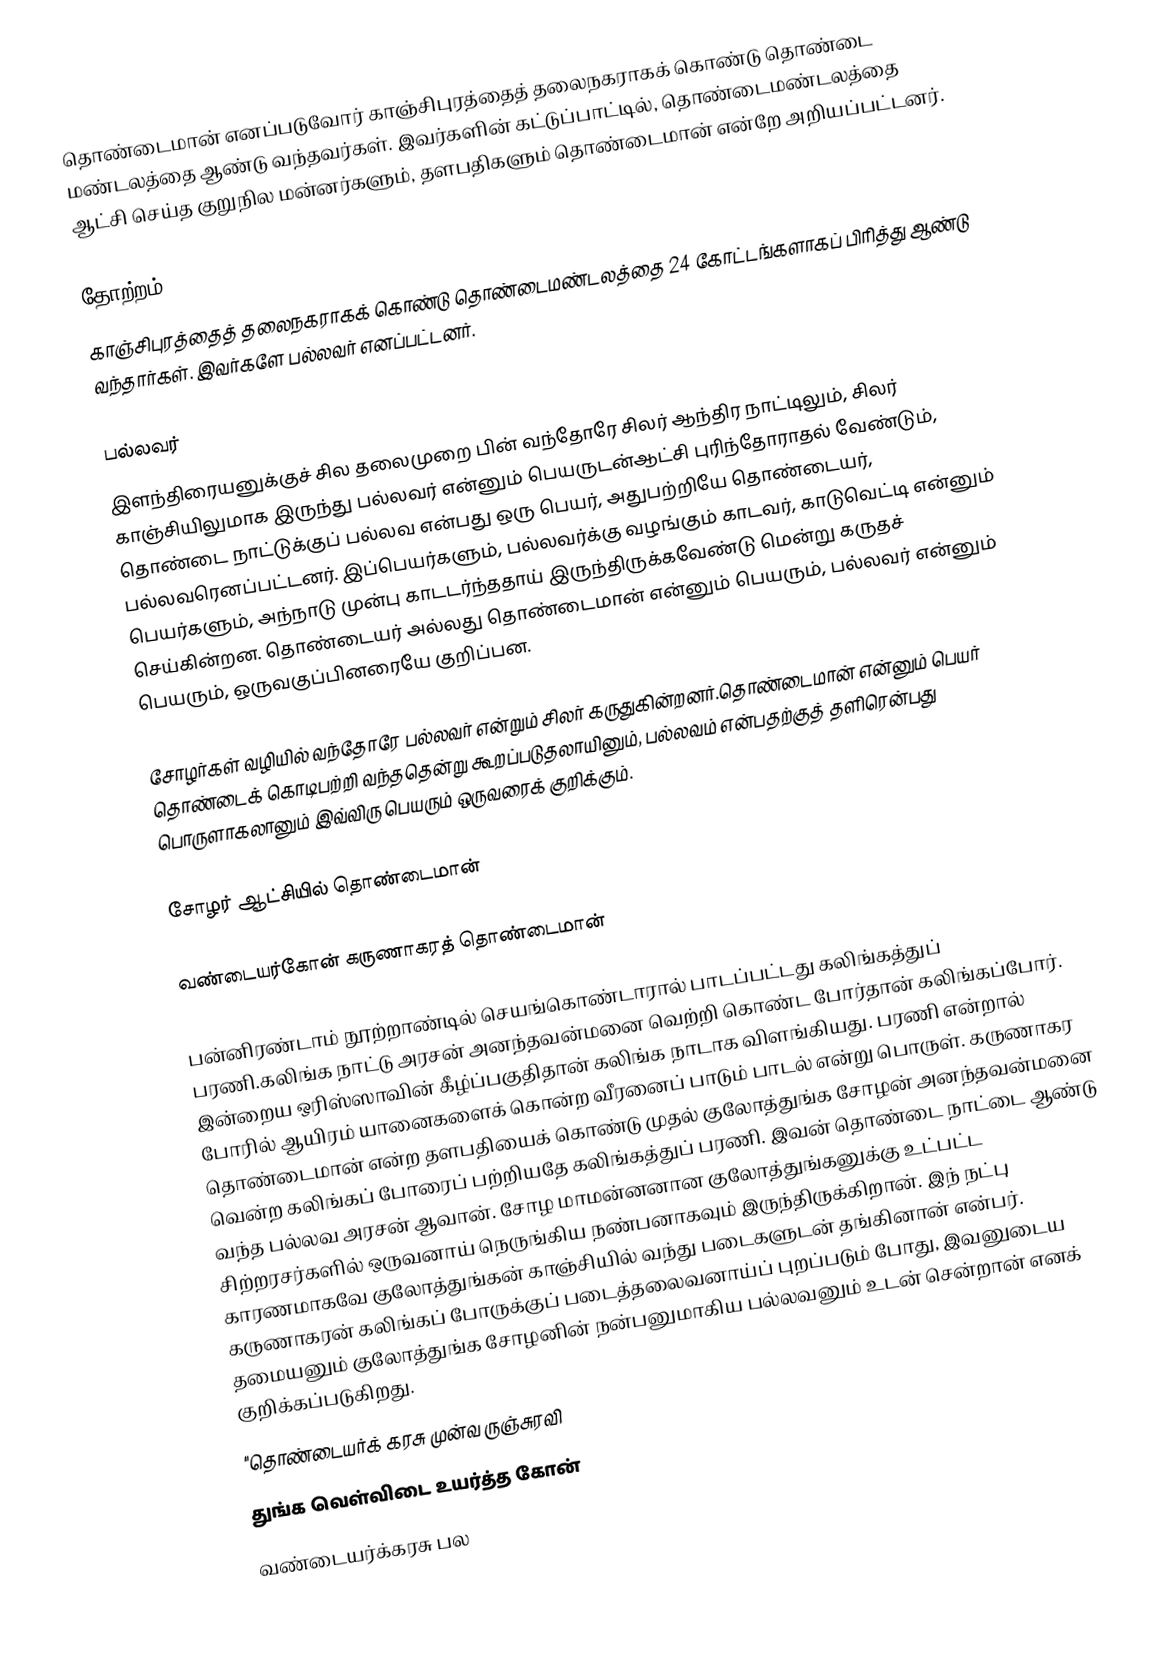
தொண்டைமான் எனப்படுவோர் காஞ்சிபுரத்தைத் தலைநகராகக் கொண்டு தொண்டை மண்டலத்தை ஆண்டு வந்தவர்கள். இவர்களின் கட்டுப்பாட்டில், தொண்டைமண்டலத்தை ஆட்சி செய்த குறுநில  மன்னர்களும், தளபதிகளும் தொண்டைமான் என்றே அறியப்பட்டனர்.

தோற்றம்
காஞ்சிபுரத்தைத் தலைநகராகக் கொண்டு தொண்டைமண்டலத்தை  24 கோட்டங்களாகப் பிரித்து ஆண்டு வந்தார்கள். இவர்களே பல்லவர் எனப்பட்டனர்.

பல்லவர்
இளந்திரையனுக்குச் சில தலைமுறை பின் வந்தோரே சிலர் ஆந்திர நாட்டிலும், சிலர் காஞ்சியிலுமாக இருந்து பல்லவர் என்னும் பெயருடன்ஆட்சி புரிந்தோராதல் வேண்டும், தொண்டை நாட்டுக்குப் பல்லவ என்பது ஒரு பெயர், அதுபற்றியே தொண்டையர், பல்லவரெனப்பட்டனர். இப்பெயர்களும், பல்லவர்க்கு வழங்கும் காடவர், காடுவெட்டி என்னும் பெயர்களும், அந்நாடு முன்பு காடடர்ந்ததாய் இருந்திருக்கவேண்டு மென்று கருதச் செய்கின்றன. தொண்டையர் அல்லது தொண்டைமான் என்னும் பெயரும், பல்லவர் என்னும் பெயரும், ஒருவகுப்பினரையே குறிப்பன.

சோழர்கள் வழியில் வந்தோரே பல்லவர் என்றும் சிலர் கருதுகின்றனர்.தொண்டைமான் என்னும் பெயர் தொண்டைக் கொடிபற்றி வந்ததென்று கூறப்படுதலாயினும், பல்லவம் என்பதற்குத் தளிரென்பது பொருளாகலானும் இவ்விரு பெயரும் ஒருவரைக் குறிக்கும்.

சோழர் ஆட்சியில் தொண்டைமான்

வண்டையர்கோன் கருணாகரத் தொண்டைமான்

பன்னிரண்டாம் நூற்றாண்டில் செயங்கொண்டாரால் பாடப்பட்டது கலிங்கத்துப் பரணி.கலிங்க நாட்டு அரசன் அனந்தவன்மனை வெற்றி கொண்ட போர்தான் கலிங்கப்போர். இன்றைய ஒரிஸ்ஸாவின் கீழ்ப்பகுதிதான் கலிங்க நாடாக விளங்கியது. பரணி என்றால் போரில் ஆயிரம் யானைகளைக் கொன்ற வீரனைப் பாடும் பாடல் என்று பொருள். கருணாகர தொண்டைமான் என்ற தளபதியைக் கொண்டு முதல் குலோத்துங்க சோழன் அனந்தவன்மனை வென்ற கலிங்கப் போரைப் பற்றியதே கலிங்கத்துப் பரணி. இவன் தொண்டை நாட்டை ஆண்டு வந்த பல்லவ அரசன் ஆவான். சோழ மாமன்னனான குலோத்துங்கனுக்கு உட்பட்ட சிற்றரசர்களில் ஒருவனாய் நெருங்கிய நண்பனாகவும் இருந்திருக்கிறான். இந் நட்பு காரணமாகவே குலோத்துங்கன் காஞ்சியில் வந்து படைகளுடன் தங்கினான் என்பர். கருணாகரன் கலிங்கப் போருக்குப் படைத்தலைவனாய்ப் புறப்படும் போது, இவனுடைய தமையனும் குலோத்துங்க சோழனின் நன்பனுமாகிய பல்லவனும் உடன் சென்றான் எனக் குறிக்கப்படுகிறது.
 "தொண்டையர்க் கரசு முன்வ ருஞ்சுரவி
 துங்க வெள்விடை உயர்த்த கோன்
 வண்டையர்க்கரசு பல